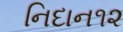
નિદાન૧૨